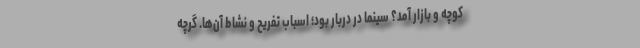
کوچه و بازار آمد؟ سینما در دربار بود؛ اسباب تفریح و نشاط آن‌ها. گرچه